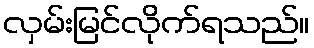
လှမ်းမြင်လိုက်ရသည်။